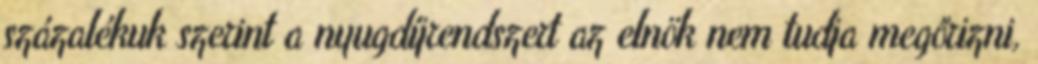
százalékuk szerint a nyugdíjrendszert az elnök nem tudja megőrizni,